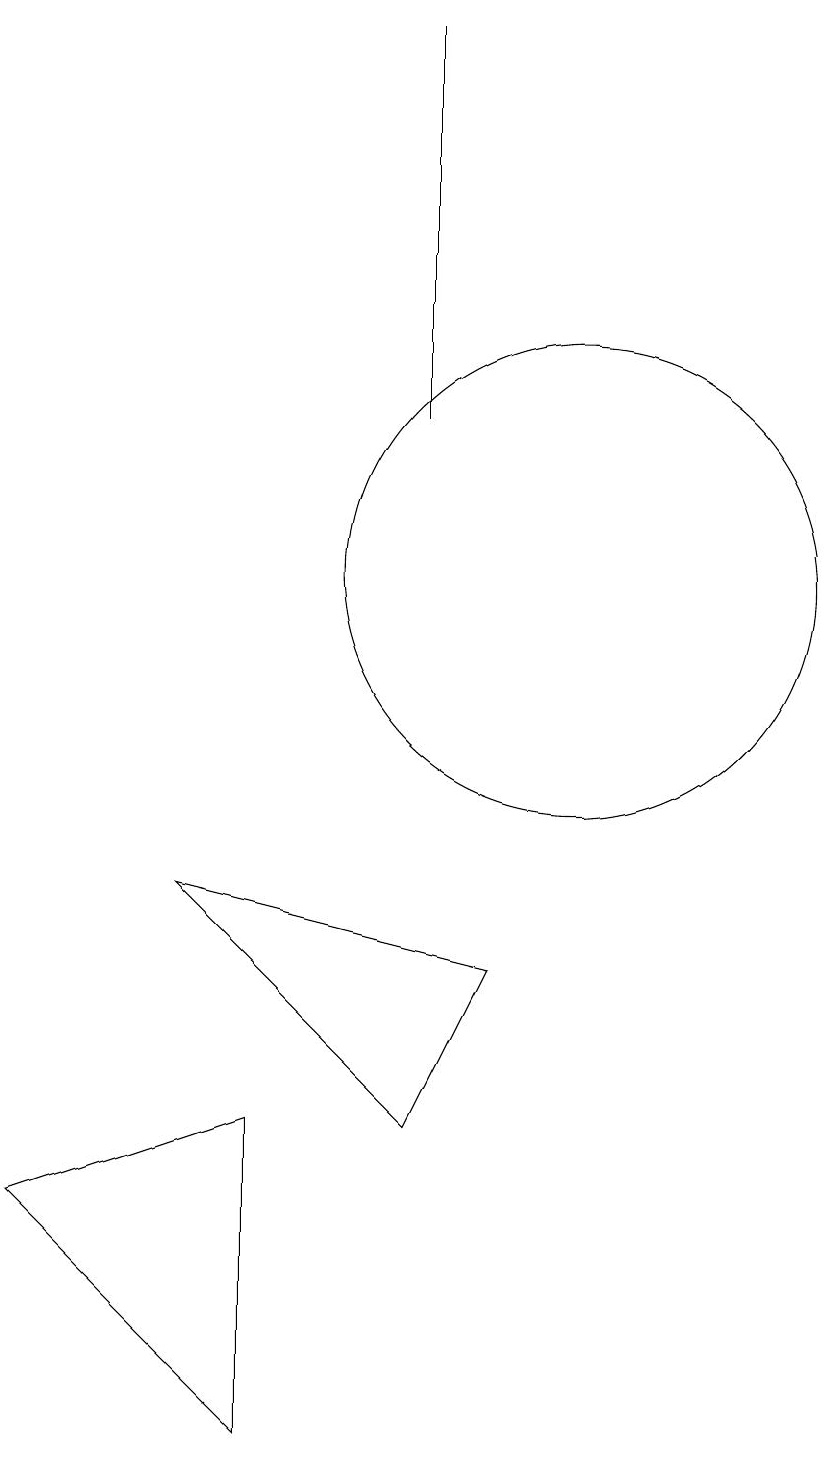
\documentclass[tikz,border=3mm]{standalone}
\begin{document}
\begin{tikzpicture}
\draw (9,7) -- (5,8) -- (8,5) -- cycle;
\draw (6,5) -- (3,4) -- (6,1) -- cycle;
\draw (8,19) rectangle (8,14);
\draw (10,12) circle (3);
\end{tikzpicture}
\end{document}